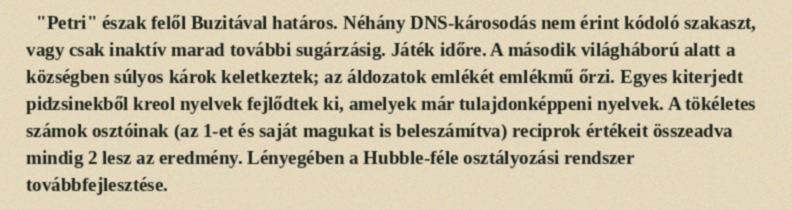
"Petri" észak felől Buzitával határos. Néhány DNS-károsodás nem érint kódoló szakaszt, vagy csak inaktív marad további sugárzásig. Játék időre. A második világháború alatt a községben súlyos károk keletkeztek; az áldozatok emlékét emlékmű őrzi. Egyes kiterjedt pidzsinekből kreol nyelvek fejlődtek ki, amelyek már tulajdonképpeni nyelvek. A tökéletes számok osztóinak (az 1-et és saját magukat is beleszámítva) reciprok értékeit összeadva mindig 2 lesz az eredmény. Lényegében a Hubble-féle osztályozási rendszer továbbfejlesztése.